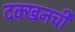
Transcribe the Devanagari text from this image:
दक्खनची